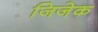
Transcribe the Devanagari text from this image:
जिजेक